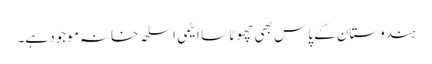
ہندوستان کے پاس بھی چھوٹا سا ایٹمی اسلحہ خانہ موجود ہے۔